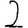
Digit: 2